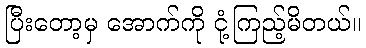
ပြီးတော့မှ အောက်ကို ငုံ့ကြည့်မိတယ်။